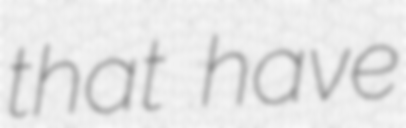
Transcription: that have